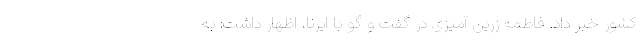
کشور خبر داد. فاطمه زرین آمیزی در گفت و گو با ایرنا، اظهار داشت: به